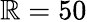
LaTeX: \mathbb{R}=50